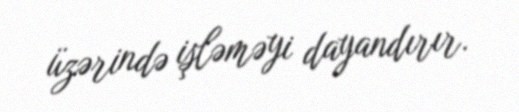
üzərində işləməyi dayandırır.